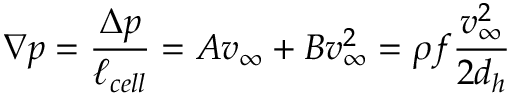
\nabla p = \frac { \Delta p } { \ell _ { c e l l } } = A v _ { \infty } + B v _ { \infty } ^ { 2 } = \rho f \frac { v _ { \infty } ^ { 2 } } { 2 d _ { h } }